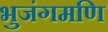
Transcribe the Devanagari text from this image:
भुजंगमणि